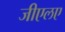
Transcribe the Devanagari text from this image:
जीएलए